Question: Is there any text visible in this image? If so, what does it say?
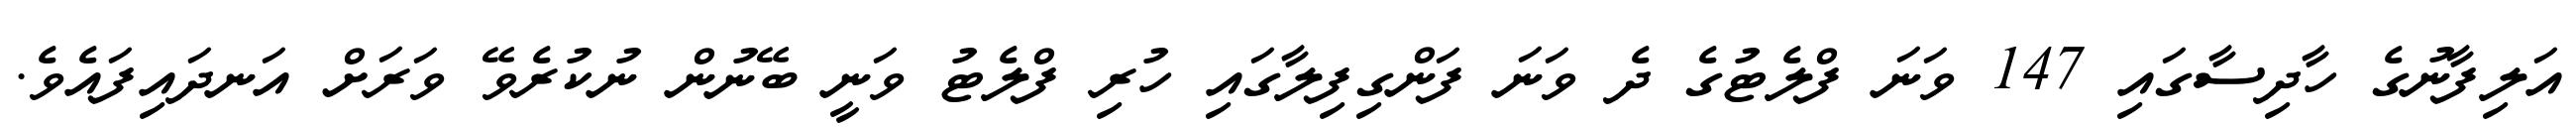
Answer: އަލިފާނުގެ ހާދިސާގައި 147 ވަނަ ފްލެޓުގެ ދެ ވަނަ ފަންގިފިލާގައި ހުރި ފްލެޓު ވަނީ ބޭނުން ނުކުރެވޭ ވަރަށް އަނދައިފައެވެ.